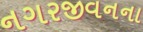
નગરજીવનના